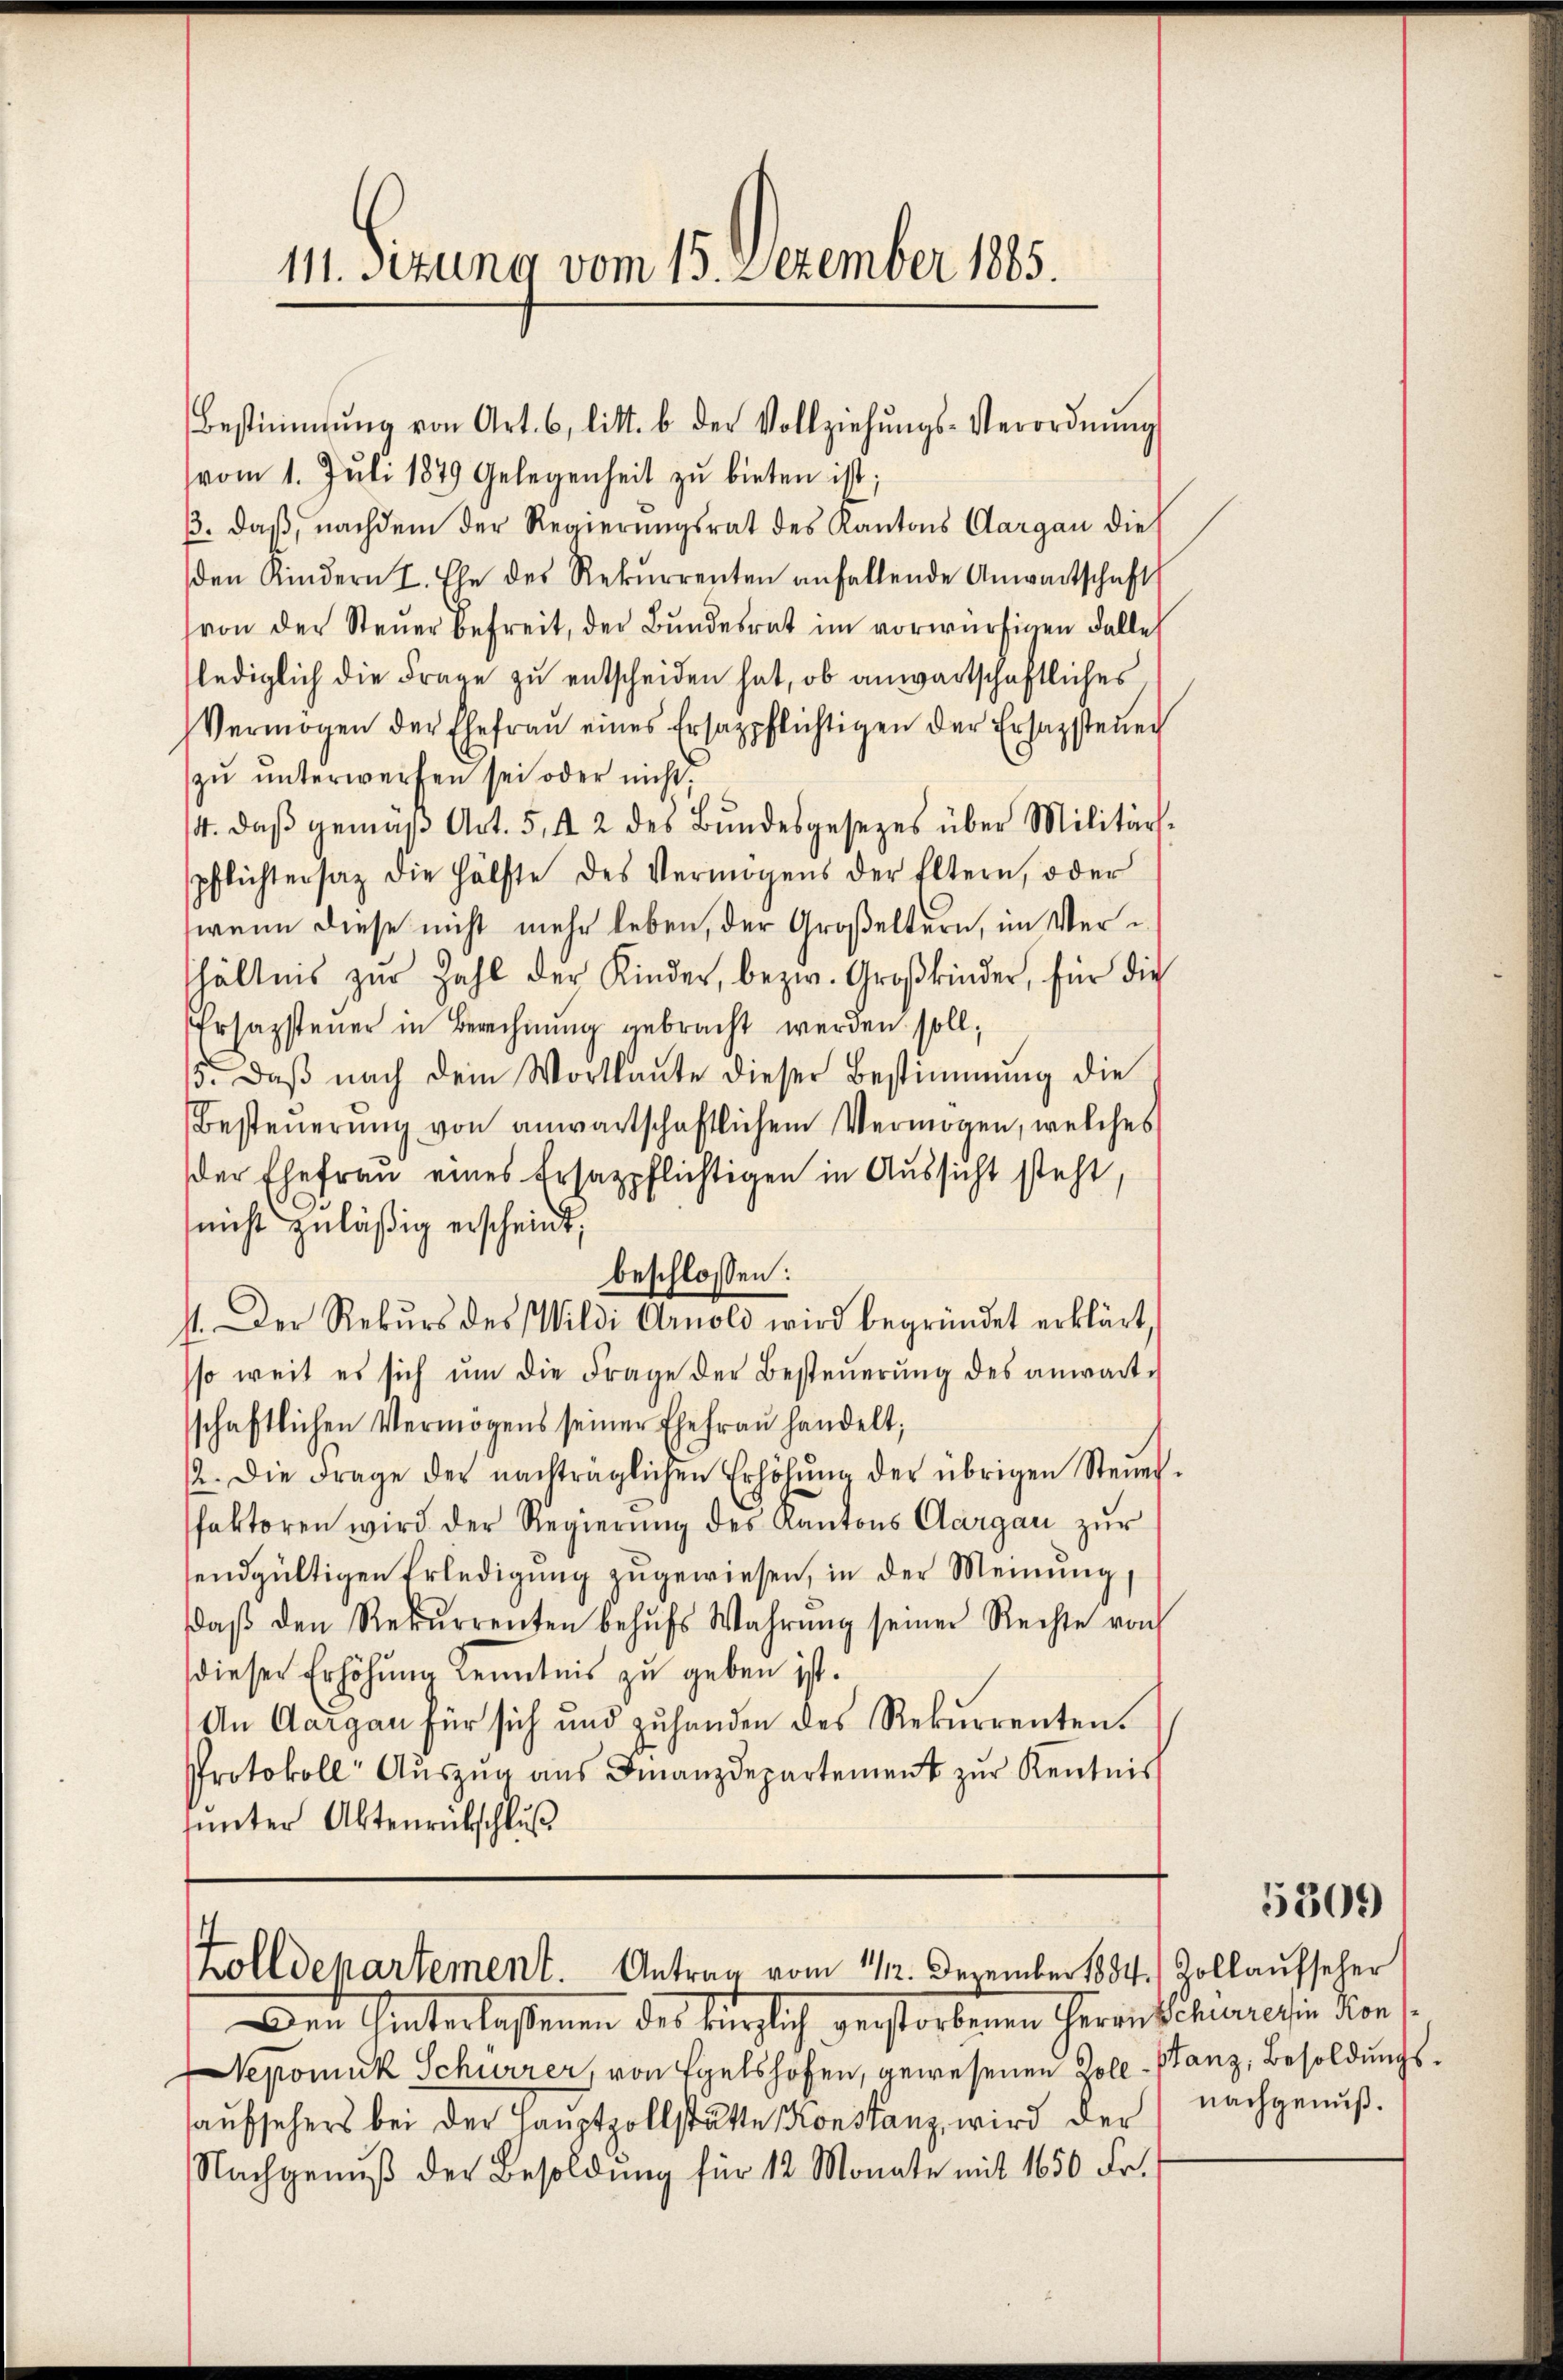
vom 1. Jŭli 1879 Gelegenheit zŭ bieten ist;
ß. daß, nachdem der Regierungsrat des Kantons Aargau die
den Kindern I. Ehe des Rekŭrrenten anfallende Anwartschaft
von der Steŭer befreit, der Bŭndesrat im vorwürfigen Falle
lediglich die Frage zu entscheiden hat, ob anwartschaftliches
Vermögen der Ehefraŭ eines Ersazpflichtigen der Ersagsteŭer
zŭ ŭnterwerfen sei oder nicht;
14. daβ gemäβ Art. 5, 42 des Bŭndesgesezes über Militär-
pflichtersaz die Hälfte des Vermögens der Eltern, oder
wenn diese nicht mehr leben, der Großeltern, im Verhältnis zŭr Zahl der Kinder, bezw. Großkinder, für die
Ersazsteuer in Berechnung gebracht werden soll,
15. daβ nach dem Wortlaŭte dieser Bestimmung die
Besteŭerŭng von anwartschaftlichem Vermögen, welches
der Ehefrau eines Ersatzpflichtigen in Aussicht steht,
(nicht zuläßig erscheint,
beschlossen:
11. Der Rekŭrs des Wildi Arnold wird begründet erklärt,
sso weit es sich ŭm die Frage der Besteŭerŭng des anwarte
schaftlichen Vermögens seiner Ehefrau handelt;
12. Die Frage der nachträglichen Erhöhŭng der übrigen Steuer-
faktoren wird der Regierŭng des Kantons Aargau zur
endgültigen Erledigung zugewiesen, in der Meinung,
daβ den Rekŭrrenten behŭfs Wahrŭng seiner Rechte vo
dieser Erhöhung Kenntnis zu geben ist.
An Aargau für sich und zuhanden des Rekurrenten.
Protokoll Auszug aus Finanzdepartement zur Kenntnis
ŭnter Aktenrückschluß

111. Sezung vom 15. Dezember 185.

Bestimmung von Art. 6, litt. b der Vollziehŭngs-Verordnŭng

Zolldepartement. Antrag vom 11/12. Dezember 1884) Dollaufseher

Den Unterlassenen des kürzlich gestorbenen Geranschinein Kons.
Nepomuk Schurrer, von Egelshofen, gewesenen Zoll-Stanz, Besoldungsaufsehers bei der Hauptzollstätte Konstanz, wird der nachgenuß¬
Nachgenuß der Besoldung für 12 Monate mit 1650 Fr.

5309)